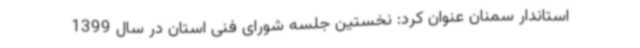
استاندار سمنان عنوان کرد: نخستین جلسه شورای فنی استان در سال 1399